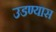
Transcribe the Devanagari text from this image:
उडण्यास